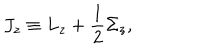
J _ { z } \equiv L _ { z } + { \frac { 1 } { 2 } } \Sigma _ { z } ,